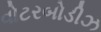
વોટરબોડીઝ